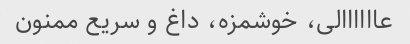
عاااااالی، خوشمزه، داغ و سریع ممنون